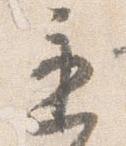
遅